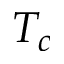
T _ { c }